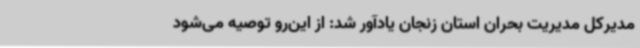
مدیرکل مدیریت بحران استان زنجان یادآور شد: از این‌رو توصیه می‌شود